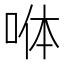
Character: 𭈄